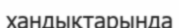
хандықтарында